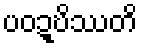
ပဝဍ္ဎိဿတိ